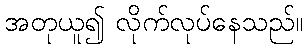
အတုယူ၍ လိုက်လုပ်နေသည်။